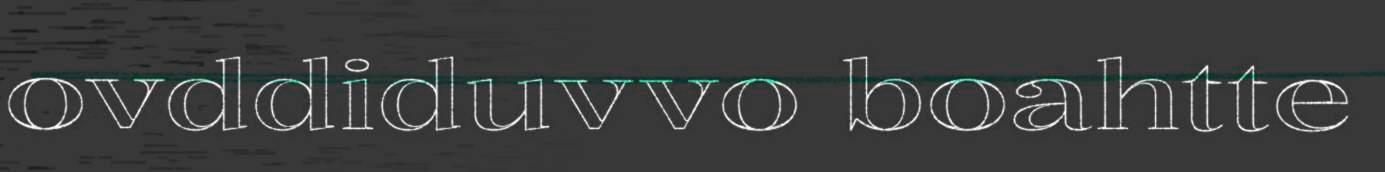
ovddiduvvo boahtte